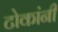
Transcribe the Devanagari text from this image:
टोकांनी